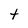
Character: t